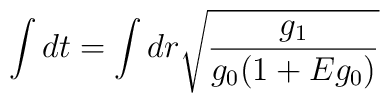
\int dt = \int dr \sqrt{\frac{g_1}{g_0 (1 + E g_0)}} \;